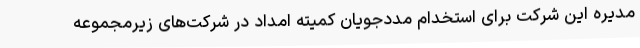
مدیره این شرکت برای استخدام مددجویان کمیته امداد در شرکت‌های زیرمجموعه